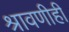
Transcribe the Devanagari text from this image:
श्रावणीही